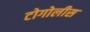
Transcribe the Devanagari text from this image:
टोगोलीस